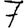
Digit: 7